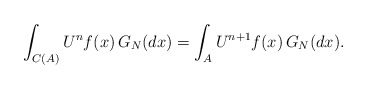
\begin{align*} \int_{C(A)} U^n f(x) \,G_N(dx) = \int_{A} U^{n+1} f(x) \,G_N(dx).\end{align*}